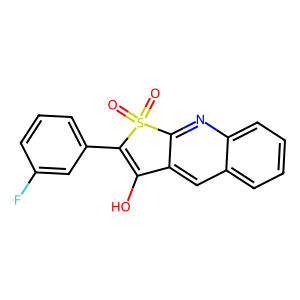
SMILES: O=S1(=O)C(c2cccc(F)c2)=C(O)c2cc3ccccc3nc21
Inhibits HIV replication: No